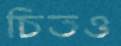
চিতও